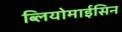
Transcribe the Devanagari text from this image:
ब्लियोमाईसिन